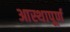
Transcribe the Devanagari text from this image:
आस्थापूर्ण